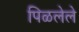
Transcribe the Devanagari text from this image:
पिळलेले